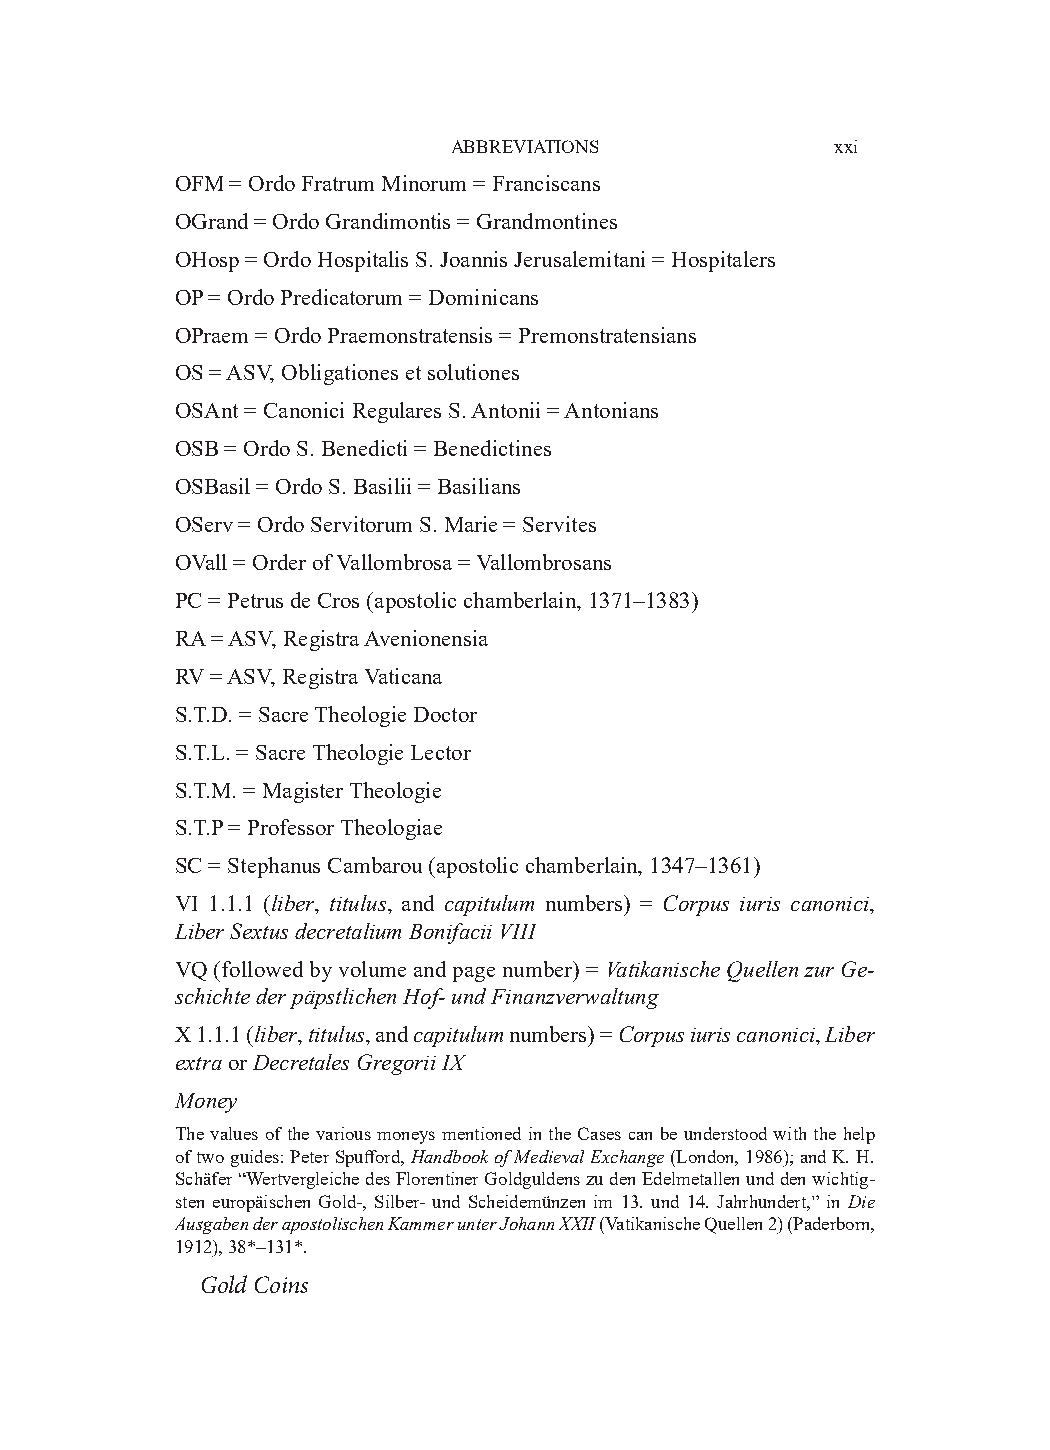
ABBREVIATIONS            xxi
 OFM = Ordo Fratrum Minorum = Franciscans
 OGrand = Ordo Grandimontis = Grandmontines
 OHosp = Ordo Hospitalis S. Joannis Jerusalemitani = Hospitalers
 OP = Ordo Predicatorum = Dominicans
 OPraem = Ordo Praemonstratensis = Premonstratensians
 OS = ASV, Obligationes et solutiones
 OSAnt = Canonici Regulares S. Antonii = Antonians
 OSB = Ordo S. Benedicti = Benedictines
 OSBasil = Ordo S. Basilii = Basilians
 OServ = Ordo Servitorum S. Marie = Servites
 OVall = Order of Vallombrosa = Vallombrosans
 PC = Petrus de Cros (apostolic chamberlain, 1371–1383)
 RA = ASV, Registra Avenionensia
 RV = ASV, Registra Vaticana
 S.T.D. = Sacre Theologie Doctor
 S.T.L. = Sacre Theologie Lector
 S.T.M. = Magister Theologie
 S.T.P = Professor Theologiae
 SC = Stephanus Cambarou (apostolic chamberlain, 1347–1361)
 VI 1.1.1 (liber, titulus, and capitulum numbers) = Corpus iuris canonici,
 Liber Sextus decretalium Bonifacii VIII
 VQ (followed by volume and page number) = Vatikanische Quellen zur Ge­
 schichte der päpstlichen Hof­ und Finanzverwaltung
 X 1.1.1 (liber, titulus, and capitulum numbers) = Corpus iuris canonici, Liber
 extra or Decretales Gregorii IX
 Money
 The values of the various moneys mentioned in the Cases can be understood with the help
 of two guides: Peter Spufford, Handbook of Medieval Exchange (London, 1986); and K. H.
 Schäfer “Wertvergleiche des Florentiner Goldguldens zu den Edelmetallen und den wichtig-
 sten europäischen Gold-, Silber- und Scheidemünzen im 13. und 14. Jahrhundert,” in Die
 Ausgaben der apostolischen Kammer unter Johann XXII (Vatikanische Quellen 2) (Paderborn,
 1912), 38*–131*.
 Gold Coins